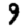
Digit: 9